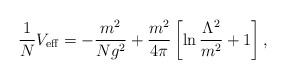
\begin{align*}\frac{1}{N}V_{\rm eff}=-\frac{m^2}{N g^2}+\frac{m^2}{4\pi}\left[\ln\frac{\Lambda^2}{m^2}+1\right],\end{align*}